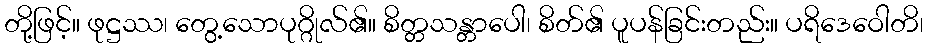
တို့ဖြင့်။ ဖုဋ္ဌဿ၊ တွေ့သောပုဂ္ဂိုလ်၏။ စိတ္တသန္တာပေါ၊ စိတ်၏ ပူပန်ခြင်းတည်း။ ပရိဒေဝေါတိ၊